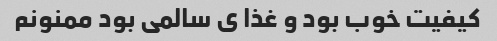
کیفیت خوب بود و غذا ی سالمی بود ممنونم